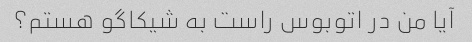
آیا من در اتوبوس راست به شیکاگو هستم؟